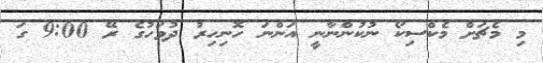
މި މެޗަށް މެކްސިކޯ ނުކުންނާނީ އަންނަ ހޮނިހިރު ދުވަހުގެ ރޭ 9:00 ގަ